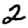
Digit: 2